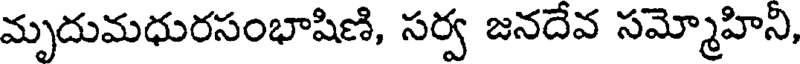
మృదుమధురసంభాషిణి, సర్వ జనదేవ సమ్మోహిని,